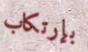
بإرتكاب